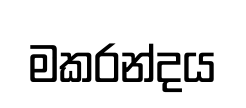
මකරන්දය